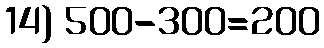
14) 500-300=200